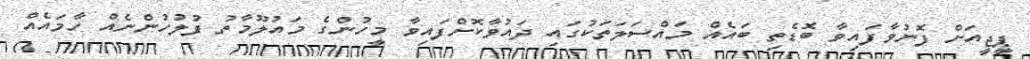
ޕީޖީއަށް ފޮނުވާފައިވާ ބޮޑެތި ބައެއް މައްސަލަތަކުގައި ދައުވާކޮށްފައިވާ މީހުންގެ މައުލޫމާތު ފުލުހުންނެއް ހާމައެއް